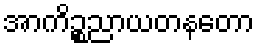
အာကိဉ္စညာယတနတော